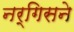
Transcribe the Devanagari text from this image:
नर्गिसने